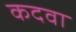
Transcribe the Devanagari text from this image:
कदवा